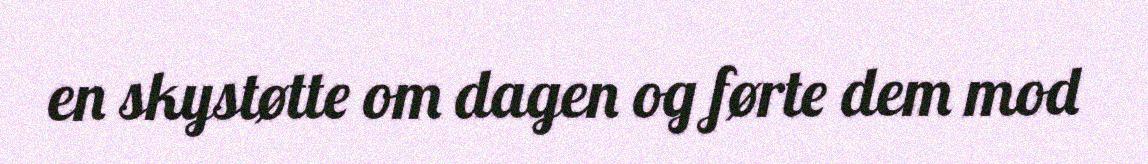
en skystøtte om dagen og førte dem mod